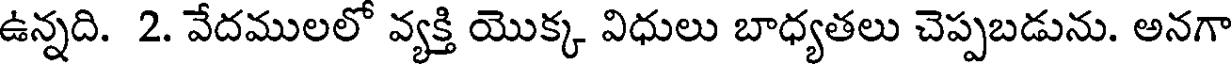
ఉన్నది. 2. వేదములలో వ్యక్తి యొక్క విధులు బాధ్యతలు చెప్పబడును. అనగా